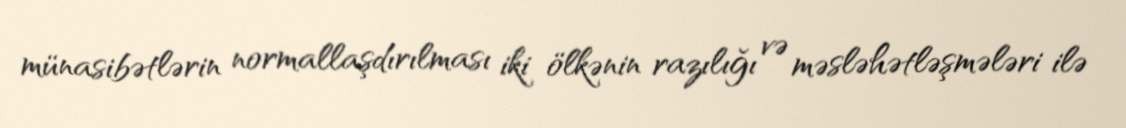
münasibətlərin normallaşdırılması iki ölkənin razılığı və məsləhətləşmələri ilə